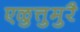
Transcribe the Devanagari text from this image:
एळुत्तुमुरै